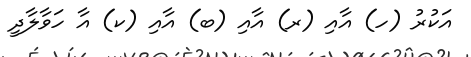
އަކުރު (ހ) އާއި (ރ) އާއި (ބ) އާއި (ކ) އާ ހަވާލާދީ